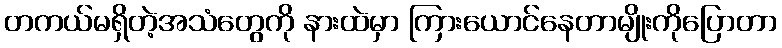
တကယ်မရှိတဲ့အသံတွေကို နားထဲမှာ ကြားယောင်နေတာမျိုးကိုပြောတာ